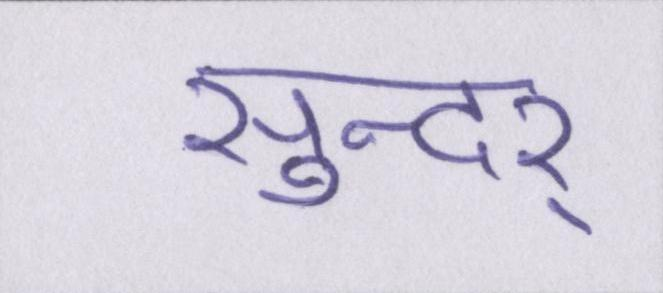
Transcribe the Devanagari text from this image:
सुन्दर्